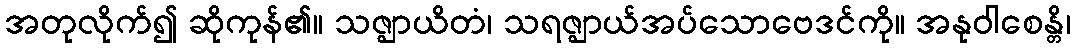
အတုလိုက်၍ ဆိုကုန်၏။ သဇ္ဈာယိတံ၊ သရဇ္ဈာယ်အပ်သောဗေဒင်ကို။ အနုဝါစေန္တိ၊